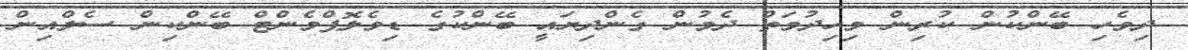
ދިވެހި ބޭންކުން ކުރިން މިހިދުމަތް ދެމުން ގެންދިޔައީ ބޭންކުގެ ޑިވެލޮޕްމެންޓް ބޭންކިން ސެލްއިން